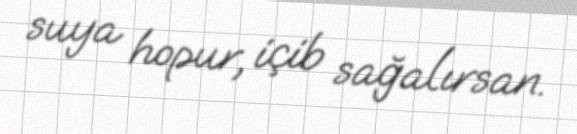
suya hopur, içib sağalırsan.